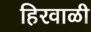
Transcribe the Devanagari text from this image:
हिरवाळी